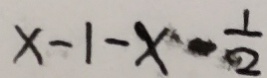
x - 1 - x - \frac { 1 } { 2 }